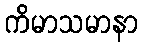
ကိမာသမာနာ